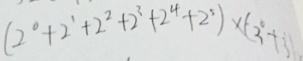
( 2 ^ { 0 } + 2 ^ { 1 } + 2 ^ { 2 } + 2 ^ { 3 } + 2 ^ { 4 } + 2 ^ { 5 } ) \times ( 3 ^ { 0 } + 3 )